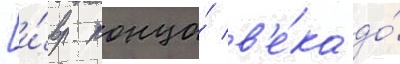
[и́вр. конца́ в'е́ка до́